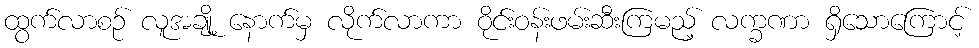
ထွက်လာစဉ် လူအချို့ နောက်မှ လိုက်လာကာ ဝိုင်းဝန်းဖမ်းဆီးကြမည့် လက္ခဏာ ရှိသောကြောင့်